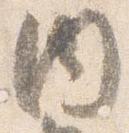
内